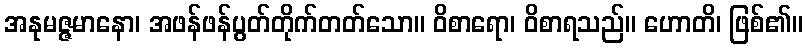
အနုမဇ္ဇမာနော၊ အဖန်ဖန်ပွတ်တိုက်တတ်သော။ ဝိစာရော၊ ဝိစာရသည်။ ဟောတိ၊ ဖြစ်၏။